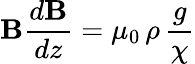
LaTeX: \mathbf{B}{\frac{{d\mathbf{B}}}{{dz}}}=\mu_{0}\, \rho\, {\frac{{g}}{{\chi}}}